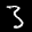
Label: 3